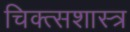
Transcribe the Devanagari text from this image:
चिक्त्सशास्त्र